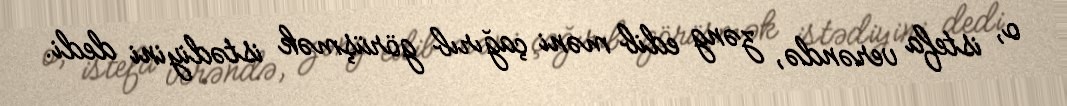
o, istefa verəndə, zəng edib məni çağırıb görüşmək istədiyini dedi.